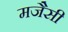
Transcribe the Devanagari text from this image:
मजैसी